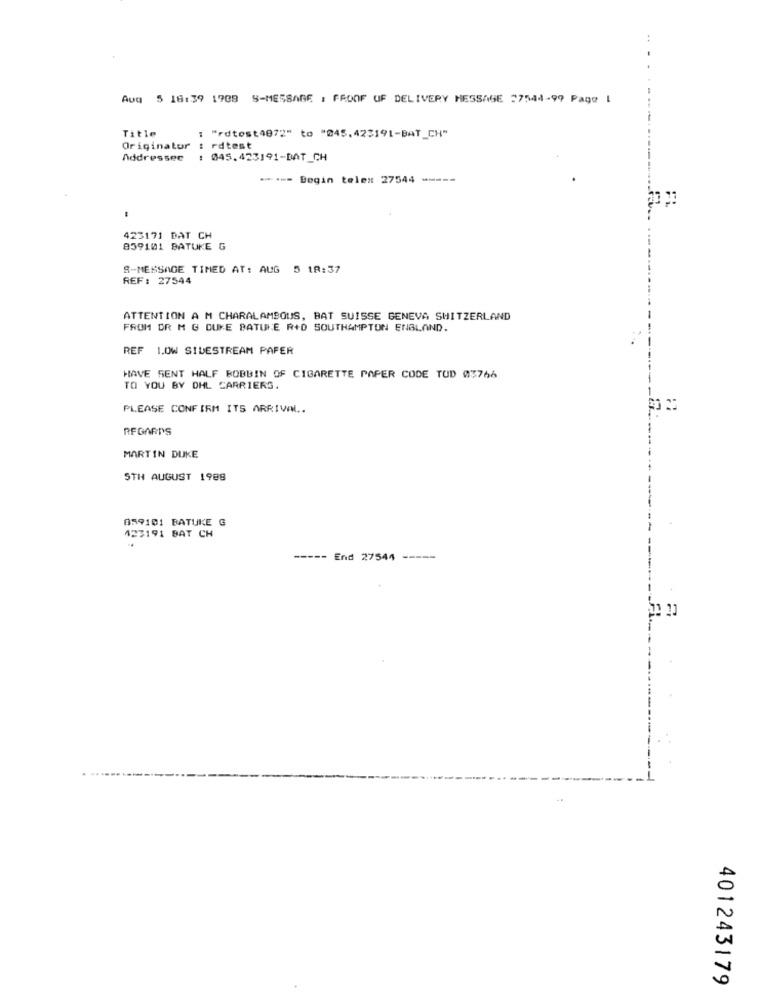
Avq 5 18:39 1908 S-MESSAGE : FROOF OF DELIVERY MESSAGE 27544-99 Page I
Title
: "rdtest4872" to "045.423191-BAT_CH"
Originator : rdtest
Addressee : 045.423191-DAT_CH
** *-- Begin telex 27544 **--*
423171 DAT CH
859101 BATUKE G
S-MESSAGE TIMED AT: AUG 5 18:37
REF: 27544
ATTENTION A M CHARALAMSOUS, BAT SUISSE GENEVA SHITZERLAND
FROM DR M G DUKE BATUKE R+D SOUTHAMPTON ENBLAND.
REF 1.OW SIDESTREAM PAPER
HAVE SENT HALF BOBBIN OF CIGARETTE PAPER CODE TUD 03766
TO YOU BY DHL CARRIERS.
PLEASE CONFIRM ITS ARRIVAL ..
REGARDS
MARTIN DUKE
STH AUGUST 1988
059101 BATUKE G
423191 BAT CH
----- End 27544 -----
401243179